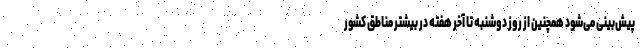
پیش‌بینی می‌شود همچنین از روز دوشنبه تا آخر هفته در بیشتر مناطق کشور